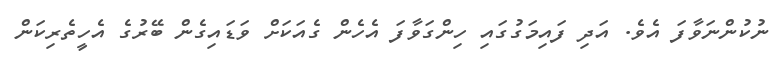
ނުކުންނަވާފަ އެވެ. އަދި ފައިމަގުގައި ހިންގަވާފަ އެހެން ގެއަކަށް ވަޑައިގެން ބޭރުގެ އެހީތެރިކަން